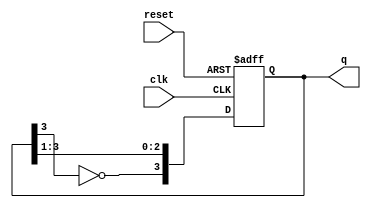
module JohnsonCounter #(
    parameter N = 4 // Number of flip-flops (change as needed)
)(
    input wire clk,      // Clock input
    input wire reset,    // Asynchronous reset
    output reg [N-1:0] q // Output of the counter
);

    // Internal signal for feedback
    wire feedback;

    // Assign feedback as the inverted output of the last flip-flop
    assign feedback = ~q[N-1];

    // Sequential logic for the Johnson counter
    always @(posedge clk or posedge reset) begin
        if (reset) begin
            q <= 0; // Asynchronous reset to 0
        end else begin
            // Shift the states and inject feedback
            q <= {feedback, q[N-1:1]};
        end
    end

endmodule